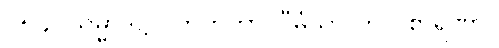
၁၅၄။ သမ္မာဒိဋ္ဌိ ပဘုတိကာ၊ ဝီမံသာ တု ဝိစာရဏာ။